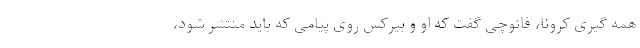
همه گیری کرونا، فائوچی گفت که او و بیرکس روی پیامی که باید منتشر شود،